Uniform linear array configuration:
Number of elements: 4
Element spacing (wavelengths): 1
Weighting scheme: uniform
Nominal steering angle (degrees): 30
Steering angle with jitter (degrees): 31.078
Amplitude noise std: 0.05
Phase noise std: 0.05

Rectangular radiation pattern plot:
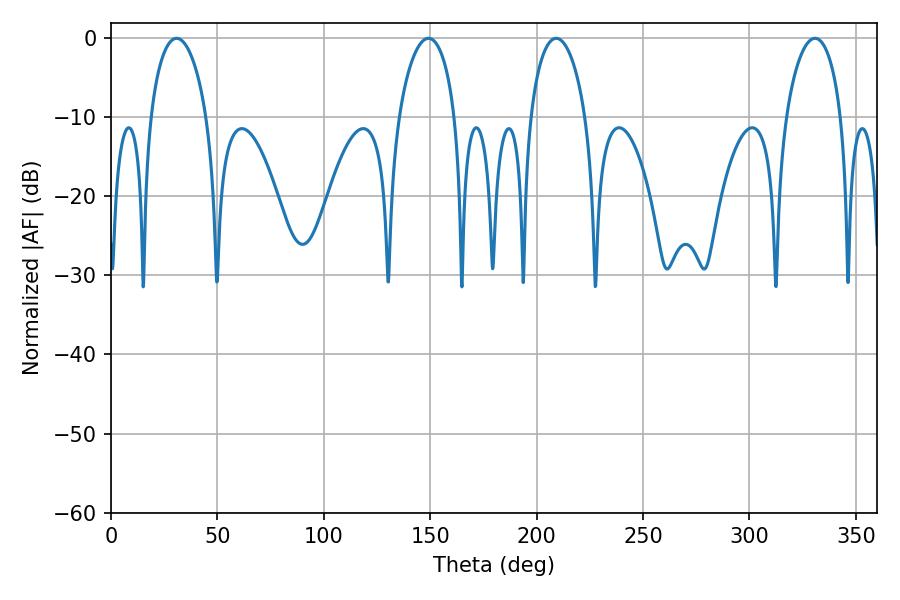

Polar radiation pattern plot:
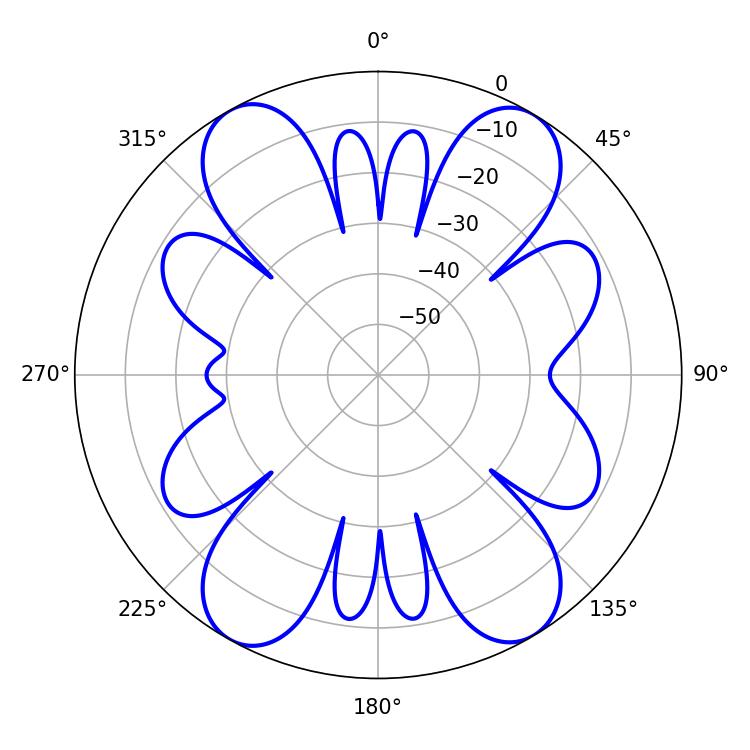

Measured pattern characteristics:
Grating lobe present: TRUE
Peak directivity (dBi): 19.41
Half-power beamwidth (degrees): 14.94
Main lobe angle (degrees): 209.16